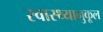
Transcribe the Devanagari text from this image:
स्वास्थ्यानुकूल